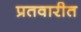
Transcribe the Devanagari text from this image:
प्रतवारीत